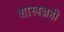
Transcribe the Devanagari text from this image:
शास्त्रज्ञही